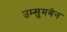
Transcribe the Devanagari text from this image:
उम्खुमबेन